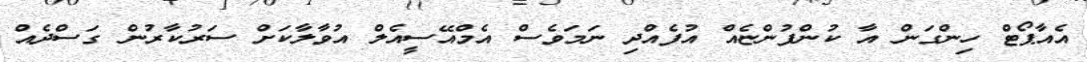
އެއާޕޯޓް ހިންގަން އާ ކުންފުންޏެއް އުފެއްދި ނަމަވެސް އެމްއޭސީއެލް އުވާލާކަށް ސަރުކާރުން ގަސްދެއް